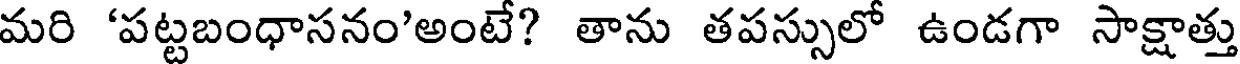
మరి 'పట్టబంధాసనం'అంటే? తాను తపస్సులో ఉండగా సాక్షాత్తు